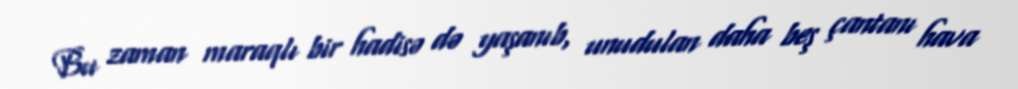
Bu zaman maraqlı bir hadisə də yaşanıb, unudulan daha beş çantanı hava